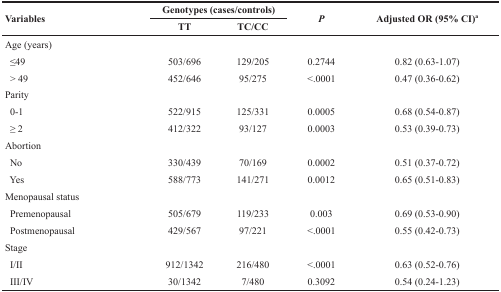
| <ROWSPAN=2> Variables | <COLSPAN=2> Genotypes (cases/controls) | <ROWSPAN=2> P | <ROWSPAN=2> Adjusted OR (95% CI)a |
 | TT | TC/CC |
 | --- | --- | --- | --- | --- |
 | Age (years) |  |  |  |  |
 | ≤49 | 503/696 | 129/205 | 0.2744 | 0.82 (0.63-1.07) |
 | > 49 | 452/646 | 95/275 | <.0001 | 0.47 (0.36-0.62) |
 | Parity |  |  |  |  |
 | 0-1 | 522/915 | 125/331 | 0.0005 | 0.68 (0.54-0.87) |
 | ≥ 2 | 412/322 | 93/127 | 0.0003 | 0.53 (0.39-0.73) |
 | Abortion |  |  |  |  |
 | No | 330/439 | 70/169 | 0.0002 | 0.51 (0.37-0.72) |
 | Yes | 588/773 | 141/271 | 0.0012 | 0.65 (0.51-0.83) |
 | Menopausal status |  |  |  |  |
 | Premenopausal | 505/679 | 119/233 | 0.003 | 0.69 (0.53-0.90) |
 | Postmenopausal | 429/567 | 97/221 | <.0001 | 0.55 (0.42-0.73) |
 | Stage |  |  |  |  |
 | I/II | 912/1342 | 216/480 | <.0001 | 0.63 (0.52-0.76) |
 | III/IV | 30/1342 | 7/480 | 0.3092 | 0.54 (0.24-1.23) |